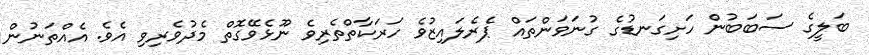
ބަލީގެ ސަބަބުން ހަށިގަނޑުގެ ގުނަވަންތައް ޕެރެލައިޒުވެ ހަރަކާތްތެރިވެ ނޫޅެވޭގޮތް މެދުވެރިވި އެވެ. އެއްތަނުން